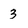
Character: 3